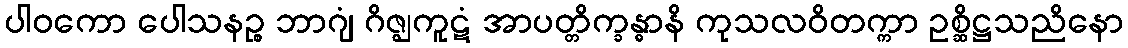
ပါဝကော ပေါသနဉ္စ ဘာဂျံ ဂိဇ္ဈကူဋံ အာပတ္တိက္ခန္ဓာနိ ကုသလဝိတက္ကာ ဥစ္ဆိဋ္ဌသညိနော